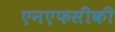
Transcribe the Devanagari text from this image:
एनएफसीकी